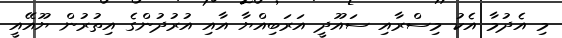
މި އެދުމާ އެކު މިސްރާއި ސައޫދީ އަރަބިއްޔާ އާއި އުރުދުންގެ އިތުރުން ޔޫއޭއީ